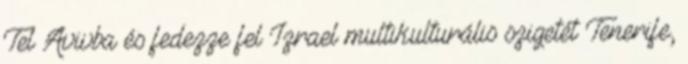
Tel Avivba és fedezze fel Izrael multikulturális szigetét Tenerife,